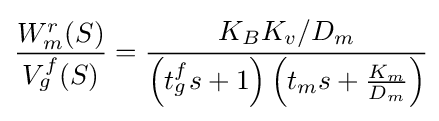
{\frac {W_{m}^{r}(S)}{V_{g}^{f}(S)}}={\cfrac {K_{B}K_{v}/D_{m}}{\left(t_{g}^{f}s+1\right)\left(t_{m}s+{\frac {K_{m}}{D_{m}}}\right)}}